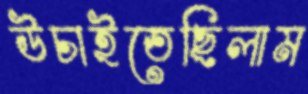
উচাইতেছিলাম